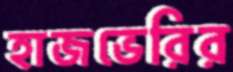
হাজভেরির